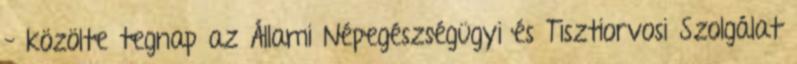
– közölte tegnap az Állami Népegészségügyi és Tisztiorvosi Szolgálat